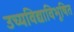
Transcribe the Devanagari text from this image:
उच्यविद्याविभूषित